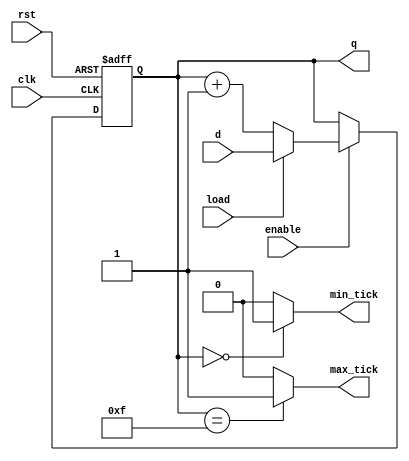
//==================================================================================================
//  Revision      :
//  Author        :
//  Company       : Instituto Tecnologico de Costa Rica
//  Email         :
//
//  Description   :
//
//
//==================================================================================================
`timescale 1ns / 1ps

module counter_d #(parameter W=4)
(
input wire clk,
input wire rst,
input wire load,
input wire enable,
input wire [W-1:0] d,
output wire max_tick,
output wire min_tick,
output wire [W-1:0] q
);
reg [W-1:0] count;
always @(posedge clk, posedge rst)
begin
	if (rst)
		count <= 0;
	else if (enable)
	begin
		if (load)
		begin
			count <= d;
		end
		else
			count <= count + 1'b1;
	end
end
assign q = count;
assign max_tick = (count == 2**W-1) ? 1'b1 : 1'b0;
assign min_tick = (count == 0) ? 1'b1 : 1'b0;
endmodule